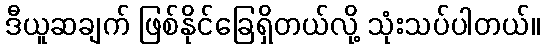
ဒီယူဆချက် ဖြစ်နိုင်ခြေရှိတယ်လို့ သုံးသပ်ပါတယ်။